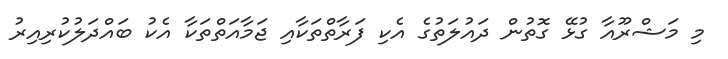
މި މަޝްރޫއާ ގުޅޭ ގޮތުން ދައުލަތުގެ އެކި ފަރާތްތަކާއި ޖަމާއަތްތަކާ އެކު ބައްދަލުކުރިއިރު